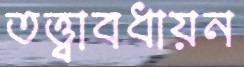
তত্ত্বাবধায়ন